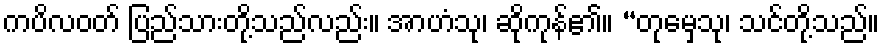
ကပိလဝတ် ပြည်သားတို့သည်လည်း။ အာဟံသု၊ ဆိုကုန်၏။ “တုမှေသု၊ သင်တို့သည်။